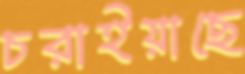
চরাইয়াছে